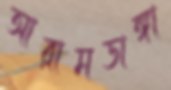
আরামডাঙ্গা